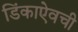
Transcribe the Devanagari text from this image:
डिंकाऐवची